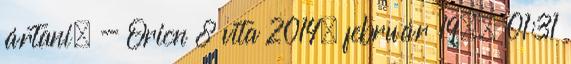
ártani. - Orion 8 vita 2014. február 19., 01:31